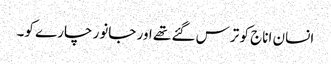
انسان اناج کو ترس گئے تھے اور جانور چارے کو۔